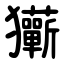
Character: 玂